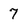
Character: 7